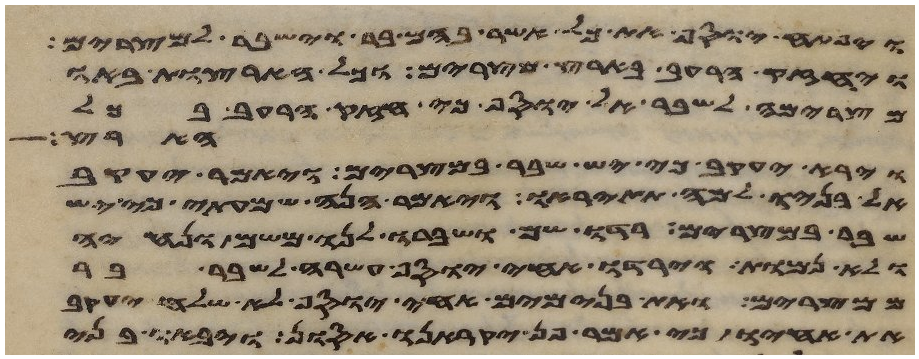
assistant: ויפתח יוסף את כל אשר בהם בר וישבר למצרים
ויחזק הרעב בארץ מצרים וכל הארצות באו
מצרימה לשבר אל יוסף כי חזק הרעב בכל
הארצות
וירא יעקב כי יש שבר במצרים ויאמר יעקב
אל בניו למה תתיראו ויאמר הנה שמעתי כי יש
שבר במצרים רדו שם ושברו לנו משם ונחיה
ולא נמות וירדו אחי יוסף עשרה לשבר בר
ממצרים ואת בנימים אחי יוסף לא שלח יעקב
את אחיו כי אמר פן יקראנו אסון ויבאו בני